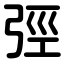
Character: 弳